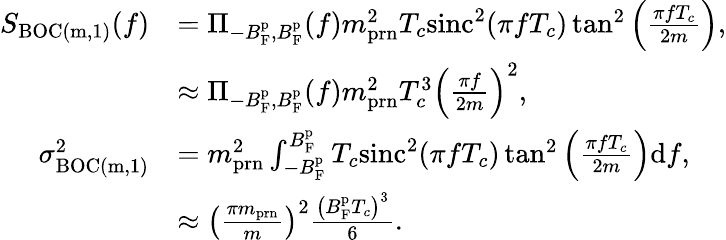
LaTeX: \begin{array}{rl}{S_{\mathrm{BOC(m,1)}}(f)}&{=\Pi_{-B_{\mathrm{F}}^{\mathrm{p}},B_{\mathrm{F}}^{\mathrm{p}}}(f)m_{\mathrm{prn}}^{2}T_{c}\mathrm{sinc}^{2}(\pi fT_{c})\tan^{2}\left(\frac{\pi fT_{c}}{2m}\right),}\\ &{\approx\Pi_{-B_{\mathrm{F}}^{\mathrm{p}},B_{\mathrm{F}}^{\mathrm{p}}}(f)m_{\mathrm{prn}}^{2}T_{c}^{3}\left(\frac{\pi f}{2m}\right)^{2},}\\ {\sigma_{\mathrm{BOC(m,1)}}^{2}}&{=m_{\mathrm{prn}}^{2}\int_{-B_{\mathrm{F}}^{\mathrm{p}}}^{B_{\mathrm{F}}^{\mathrm{p}}}T_{c}\mathrm{sinc}^{2}(\pi fT_{c})\tan^{2}\left(\frac{\pi fT_{c}}{2m}\right)\mathrm{d}f,}\\ &{\approx\left(\frac{\pi m_{\mathrm{prn}}}{m}\right)^{2}\frac{\left(B_{\mathrm{F}}^{\mathrm{p}}T_{c}\right)^{3}}{6}.}\end{array}